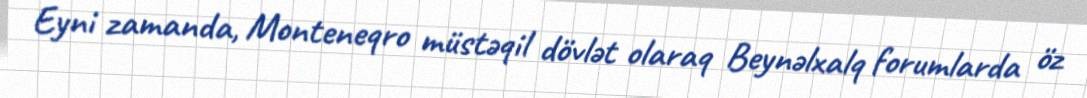
Eyni zamanda, Monteneqro müstəqil dövlət olaraq Beynəlxalq forumlarda öz